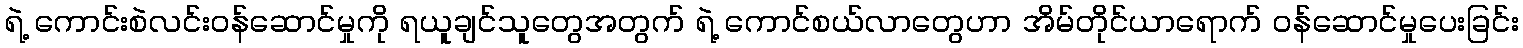
ရဲ့ ကောင်းစဲလင်းဝန်ဆောင်မှုကို ရယူချင်သူတွေအတွက် ရဲ့ ကောင်စယ်လာတွေဟာ အိမ်တိုင်ယာရောက် ဝန်ဆောင်မှုပေးခြင်း